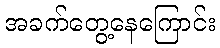
အခက်တွေ့နေကြောင်း